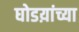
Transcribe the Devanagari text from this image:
घोडय़ांच्या